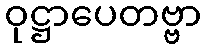
ဝုဋ္ဌာပေတဗ္ဗာ